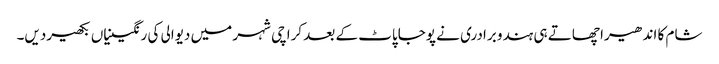
شام کا اندھیرا چھاتے ہی ہندو برادری نے پوجاپاٹ کے بعد کراچی شہر میں دیوالی کی رنگینیاں بکھیردیں۔